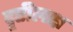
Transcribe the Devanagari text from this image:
दृष्टीलक्ष